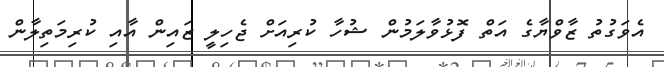
އެވަގުތު ޒާވްޔާގެ އަތް ފޮޅުވާލަމުން ޝުހާ ކުރިއަށް ޖެހިލީ ޒައިން އާއި ކުރިމަތިލާން